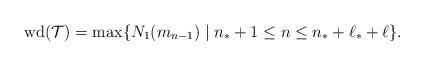
LaTeX: \begin{align*}\mathrm{wd}(\mathcal{T})=\max\lbrace N_1(m_{n-1})\mid n_\ast+1\le n\le n_\ast+\ell_\ast+\ell\rbrace.\end{align*}